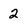
Character: 2